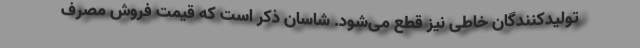
تولیدکنندگان خاطی نیز قطع می‌شود. شاسان ذکر است که قیمت فروش مصرف